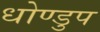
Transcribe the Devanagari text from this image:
धोण्डुप